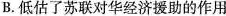
B.低估了苏联对华经济援助的作用